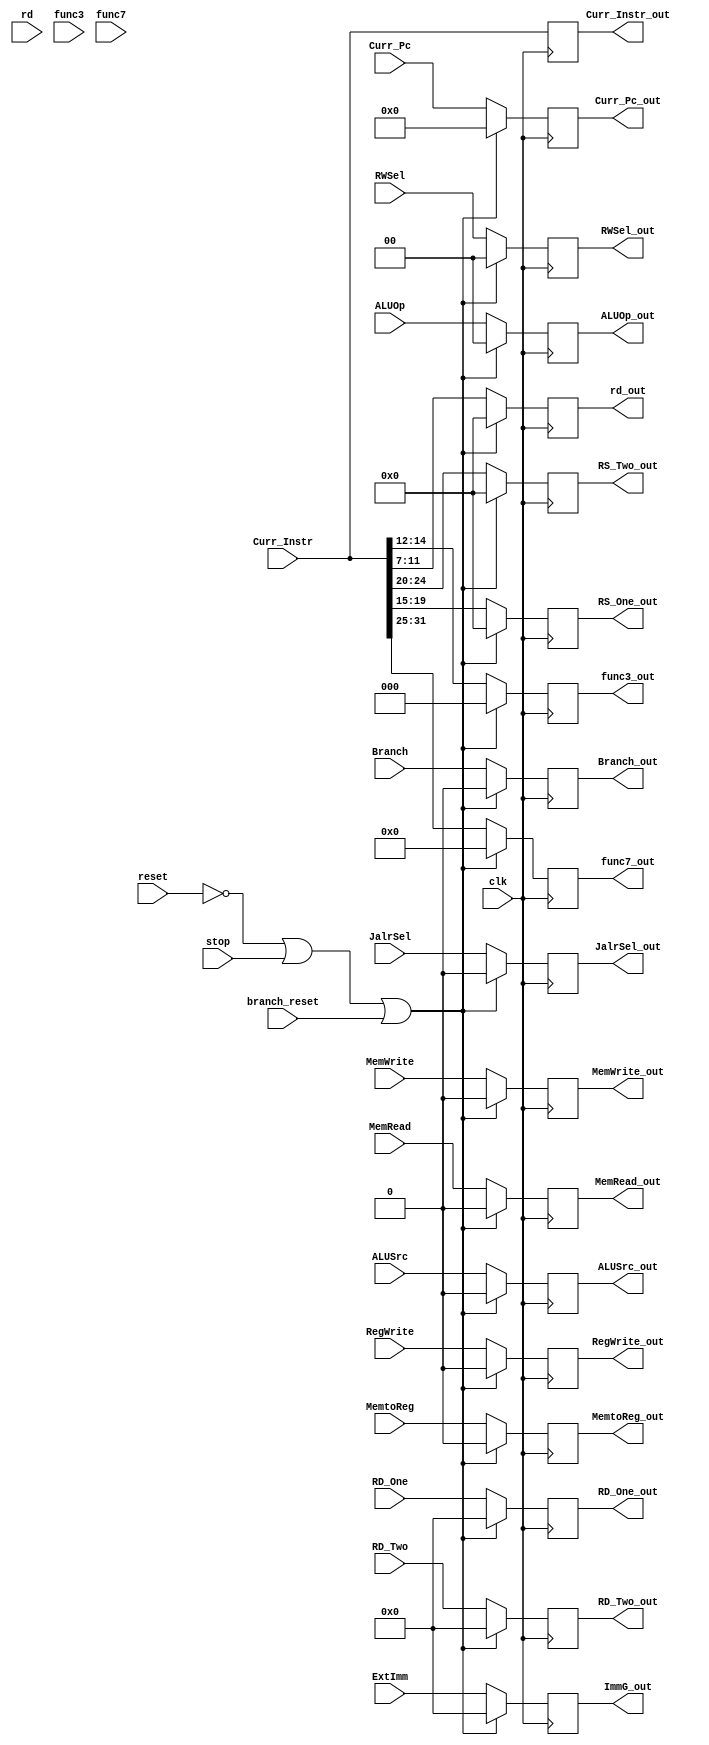
`timescale 1ns / 1ps

module latch2(
		  input clk, reset, stop, branch_reset,
        input ALUSrc,
        input MemtoReg,
        input RegWrite,
        input MemRead,
        input MemWrite,
        input [1:0] ALUOp,
        input Branch,
        input JalrSel,
        input [1:0] RWSel,
        input [7:0] Curr_Pc,
        input [31:0] RD_One,
        input [31:0] RD_Two,
        input [4:0] rd,
        input [31:0] ExtImm,
        input [2:0] func3,
        input [6:0] func7,
        input [31:0] Curr_Instr,
		  
		  output reg ALUSrc_out,
        output reg MemtoReg_out,
        output reg RegWrite_out,
        output reg MemRead_out,
        output reg MemWrite_out,
        output reg [1:0] ALUOp_out,
        output reg Branch_out,
        output reg JalrSel_out,
        output reg [1:0] RWSel_out,
        output reg [7:0] Curr_Pc_out,
        output reg [31:0] RD_One_out,
        output reg [31:0] RD_Two_out,
        output reg [4:0] RS_One_out,
        output reg [4:0] RS_Two_out,
        output reg [4:0] rd_out,
        output reg [31:0] ImmG_out,
        output reg [2:0] func3_out,
        output reg [6:0] func7_out,
        output reg [31:0] Curr_Instr_out);
		  
always @(posedge clk) 
    begin
        if ((!reset) || (stop) || (branch_reset))   //inicializacin o stalleo
        begin
            ALUSrc_out <= 0;
            MemtoReg_out <= 0;
            RegWrite_out <= 0;
            MemRead_out <= 0;
            MemWrite_out <= 0;
            ALUOp_out <= 0;
            Branch_out <= 0;
            JalrSel_out <= 0;
            RWSel_out <= 0;
            Curr_Pc_out <= 0;
            RD_One_out <= 0;
            RD_Two_out <= 0;
            RS_One_out <= 0;
            RS_Two_out <= 0;
            rd_out <= 0;
            ImmG_out <= 0;
            func3_out <= 0;
            func7_out <= 0;
            Curr_Instr_out <= Curr_Instr;  //esto viene del latch A
        end
        else
        begin
            ALUSrc_out <= ALUSrc;
            MemtoReg_out <= MemtoReg;
            RegWrite_out <= RegWrite;
            MemRead_out <= MemRead;
            MemWrite_out <= MemWrite;
            ALUOp_out <= ALUOp;
            Branch_out <= Branch;
            JalrSel_out <= JalrSel;
            RWSel_out <= RWSel;
            Curr_Pc_out <= Curr_Pc;
            RD_One_out <= RD_One;
            RD_Two_out <= RD_Two;
            RS_One_out <= Curr_Instr[19:15];
            RS_Two_out <= Curr_Instr[24:20];
            rd_out <= Curr_Instr[11:7];
            ImmG_out <= ExtImm;
            func3_out <= Curr_Instr[14:12];
            func7_out <= Curr_Instr[31:25];
            Curr_Instr_out <= Curr_Instr;  
        end
    end

endmodule